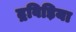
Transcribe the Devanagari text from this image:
द्रविड़िया